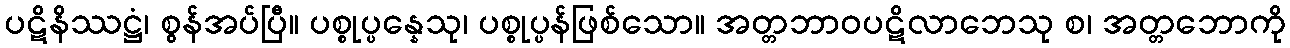
ပဋိနိဿဋ္ဌံ၊ စွန်အပ်ပြီ။ ပစ္စုပ္ပန္နေသု၊ ပစ္စုပ္ပန်ဖြစ်သော။ အတ္တဘာဝပဋိလာဘေသု စ၊ အတ္တဘောကို